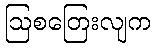
ဩစတြေးလျက